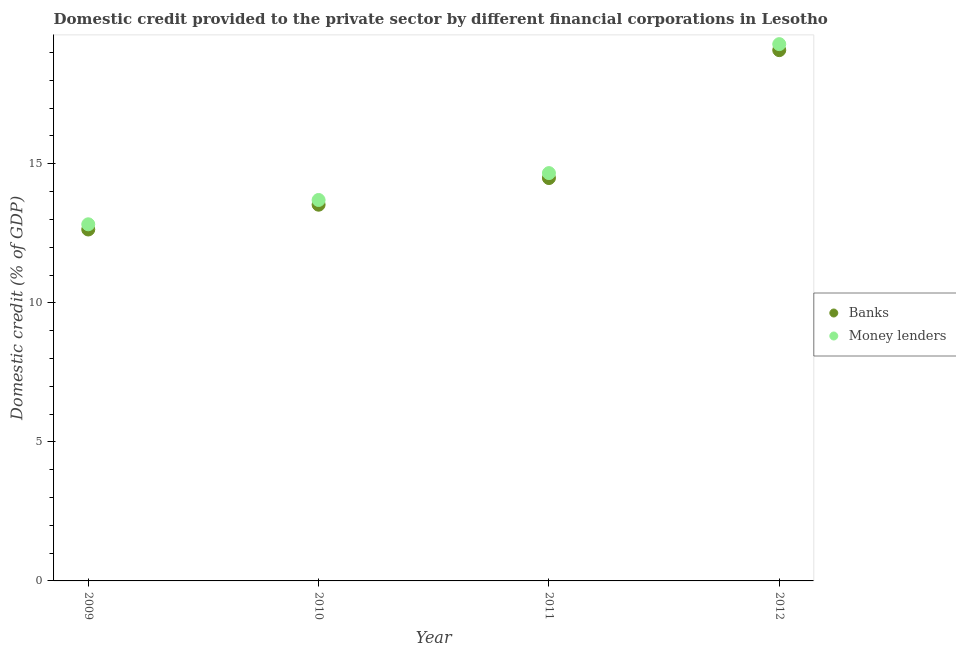
| Year | Banks | Money lenders |
 | --- | --- | --- |
 | 2009 | 12.6 | 12.8 |
 | 2010 | 13.5 | 13.7 |
 | 2011 | 14.5 | 14.7 |
 | 2012 | 19.1 | 19.3 |